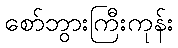
စော်ဘွားကြီးကုန်း